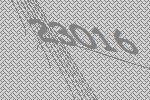
23016